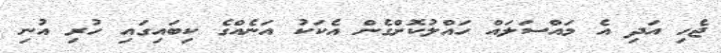
ޖެހި އަދި އެ މައްސަލައް ހައްލުކޮށްގެން އެކަކު އަނެއްގެ ކިބައިގައި ހުރި އުނި